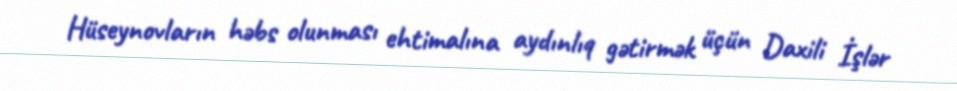
Hüseynovların həbs olunması ehtimalına aydınlıq gətirmək üçün Daxili İşlər